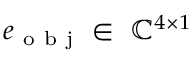
e _ { \mathrm { ~ o ~ b ~ j ~ } } \in \ \mathbb { C } ^ { 4 \times 1 }